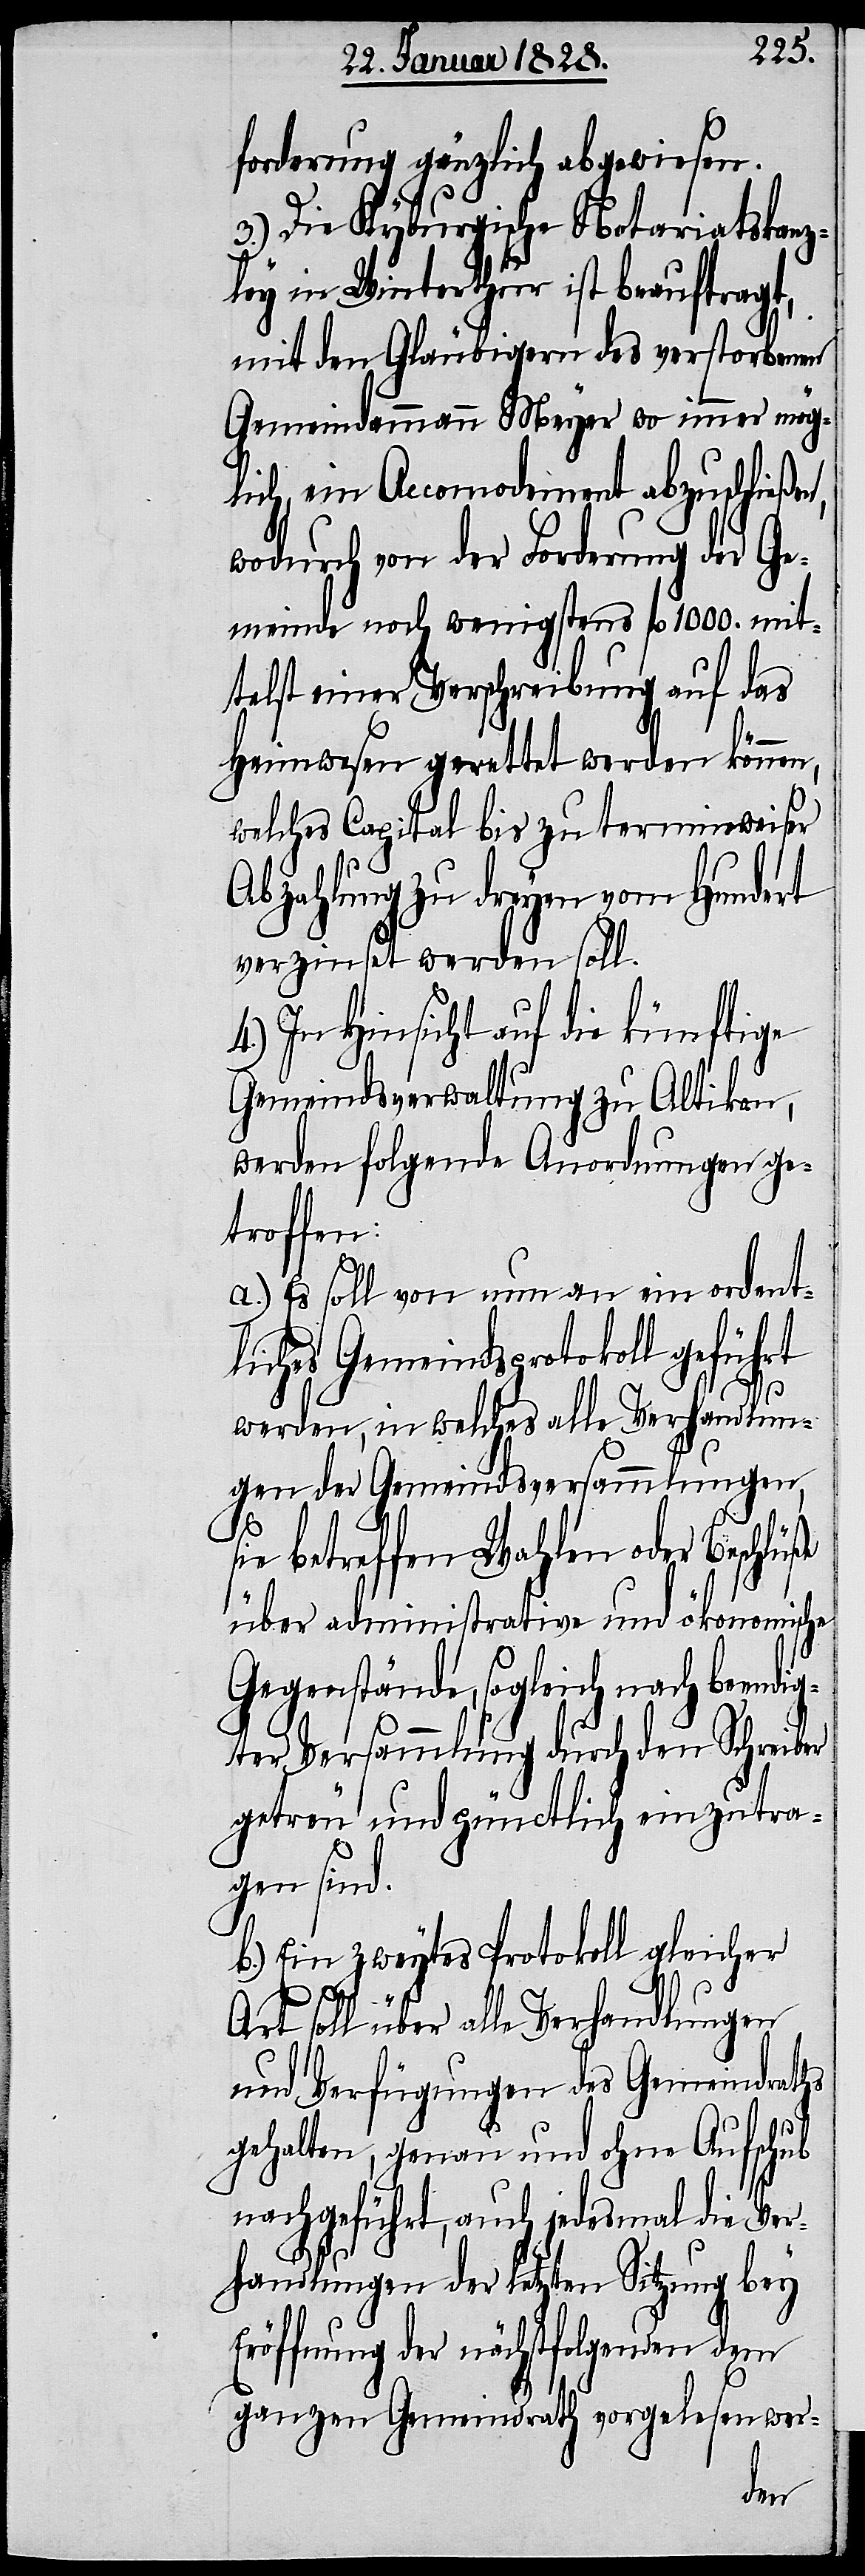
forderung gänzlich abgewiesen.
3.) Die Kyburgische Notariatskanz¬
ley in Winterthur ist beauftragt,
mit den Gläubigern des verstorbenen
Gemeindammann Meyer wo immer mög¬
lich, ein Accomodement abzuschließe¬
wodurch von der Forderung der Ge¬
meinde noch wenigstens fl 1000. mit¬
telst einer Verschreibung auf das
Heimwesen gerettet werden können,
welches Capital bis zu terminweiser
Abzahlung zu dreyen vom Hundert
verzinset werden soll.
In Hinsicht auf die künftige
Gemeindsverwaltung zu Altikon,
werden folgende Anordnungen ge¬
troffen:
a.) Es soll von nun an ein ordent¬
liches Gemeindsprotokoll geführt
werden, in welches alle Verhandlun¬
gen der Gemeindsversammlungen,
ie betreffen Wahlen oder Beschlüße
über administrative und ökonomische
Gegenstände, sogleich nach beendig¬
ter Versammlung durch den Schreiber
getreu und pünctlich einzutra¬
gen sind.
b.) Ein zweytes Protokoll gleicher
Art soll über alle Verhandlungen
und Verfügungen des Gemeindraths
s¬
gehalten, genau und ohne Aufschub
nachgeführt, auch jedesmal die Ver¬
handlungen der letzten Sitzung bey
Eröffnung der nächstfolgenden dem
ganzen Gemeindrath vorgelesen wer-